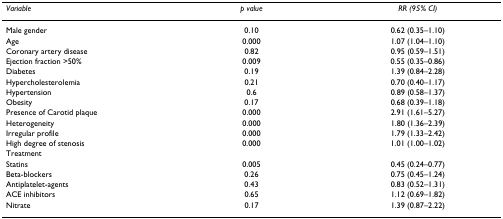
<table><thead><tr><td><b><i>Variable</i></b></td><td><b><i>p value</i></b></td><td><b><i>RR (95% CI)</i></b></td></tr></thead><tbody><tr><td>Male gender</td><td>0.10</td><td>0.62 (0.35–1.10)</td></tr><tr><td>Age</td><td>0.000</td><td>1.07 (1.04–1.10)</td></tr><tr><td>Coronary artery disease</td><td>0.82</td><td>0.95 (0.59–1.51)</td></tr><tr><td>Ejection fraction &gt;50%</td><td>0.009</td><td>0.55 (0.35–0.86)</td></tr><tr><td>Diabetes</td><td>0.19</td><td>1.39 (0.84–2.28)</td></tr><tr><td>Hypercholesterolemia</td><td>0.21</td><td>0.70 (0.40–1.17)</td></tr><tr><td>Hypertension</td><td>0.6</td><td>0.89 (0.58–1.37)</td></tr><tr><td>Obesity</td><td>0.17</td><td>0.68 (0.39–1.18)</td></tr><tr><td>Presence of Carotid plaque</td><td>0.000</td><td>2.91 (1.61–5.27)</td></tr><tr><td>Heterogeneity</td><td>0.000</td><td>1.80 (1.36–2.39)</td></tr><tr><td>Irregular profile</td><td>0.000</td><td>1.79 (1.33–2.42)</td></tr><tr><td>High degree of stenosis</td><td>0.000</td><td>1.01 (1.00–1.02)</td></tr><tr><td>Treatment</td><td></td><td></td></tr><tr><td>Statins</td><td>0.005</td><td>0.45 (0.24–0.77)</td></tr><tr><td>Beta-blockers</td><td>0.26</td><td>0.75 (0.45–1.24)</td></tr><tr><td>Antiplatelet-agents</td><td>0.43</td><td>0.83 (0.52–1.31)</td></tr><tr><td>ACE inhibitors</td><td>0.65</td><td>1.12 (0.69–1.82)</td></tr><tr><td>Nitrate</td><td>0.17</td><td>1.39 (0.87–2.22)</td></tr></tbody></table>